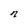
Character: n